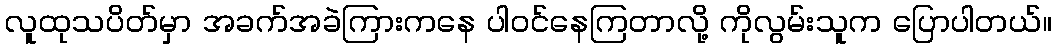
လူထုသပိတ်မှာ အခက်အခဲကြားကနေ ပါဝင်နေကြတာလို့ ကိုလွမ်းသူက ပြောပါတယ်။